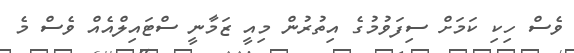
ވެސް ހިކި ކަމަށް ސިފަވުމުގެ އިތުރުން މިއީ ޒަމާނީ ސްޓައިލްއެއް ވެސް މެ